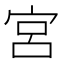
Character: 宮